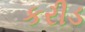
કરીડ